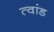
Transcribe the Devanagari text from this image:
त्वांड